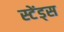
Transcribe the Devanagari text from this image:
स्टेंड्स